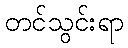
တင်သွင်းရာ